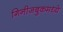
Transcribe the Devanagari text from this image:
गिनीजबुकमध्ये